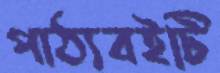
পাঠ্যবইটি